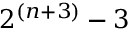
2 ^ { ( n + 3 ) } - 3